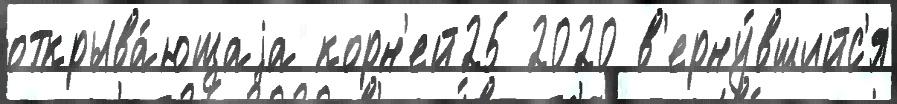
открыва́ющаjа корн'ей25 2020 в'ерну́вшийс'я